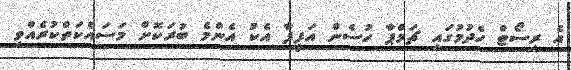
އެ ރިސޯޓް ހެދުމުގައި ޗަމްޕާ ހުސެން އަފީފާ އެކު އެންމެ ބުރަކޮށް މަސައްކަތްކުރެއްވި